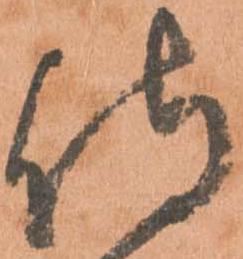
侍